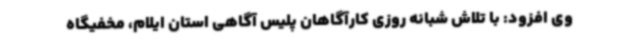
وی افزود: با تلاش شبانه روزی کارآگاهان پلیس آگاهی استان ایلام، مخفیگاه